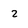
Character: 2